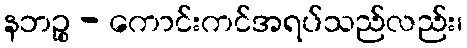
နဘဉ္စ - ကောင်းကင်အရပ်သည်လည်း၊